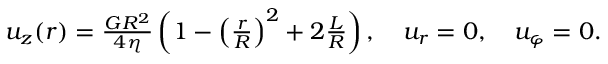
\begin{array} { r } { u _ { z } ( r ) = \frac { G R ^ { 2 } } { 4 \eta } \left( 1 - \left( \frac { r } { R } \right) ^ { 2 } + 2 \frac { L } { R } \right) , \quad u _ { r } = 0 , \quad u _ { \varphi } = 0 . } \end{array}